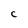
Character: C